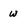
Character: w